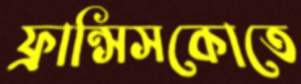
ফ্রান্সিসকোতে